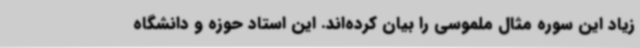
زیاد این سوره مثال ملموسی را بیان کرده‌اند. این استاد حوزه و دانشگاه